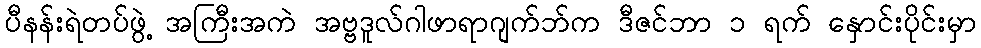
ပီနန်းရဲတပ်ဖွဲ့ အကြီးအကဲ အဗ္ဗဒူလ်ဂါဖာရာဂျက်ဘ်က ဒီဇင်ဘာ ၁ ရက် နှောင်းပိုင်းမှာ